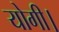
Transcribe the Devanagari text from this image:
योगी।